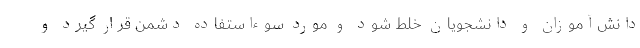
دانش‌آموزان و دانشجویان خلط شود و مورد سوءاستفاده دشمن قرار گیرد و